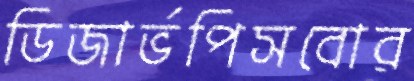
ডিজার্ভপিসবোর